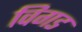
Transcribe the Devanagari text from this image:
विगड